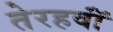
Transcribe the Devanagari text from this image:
तेरहवॉं